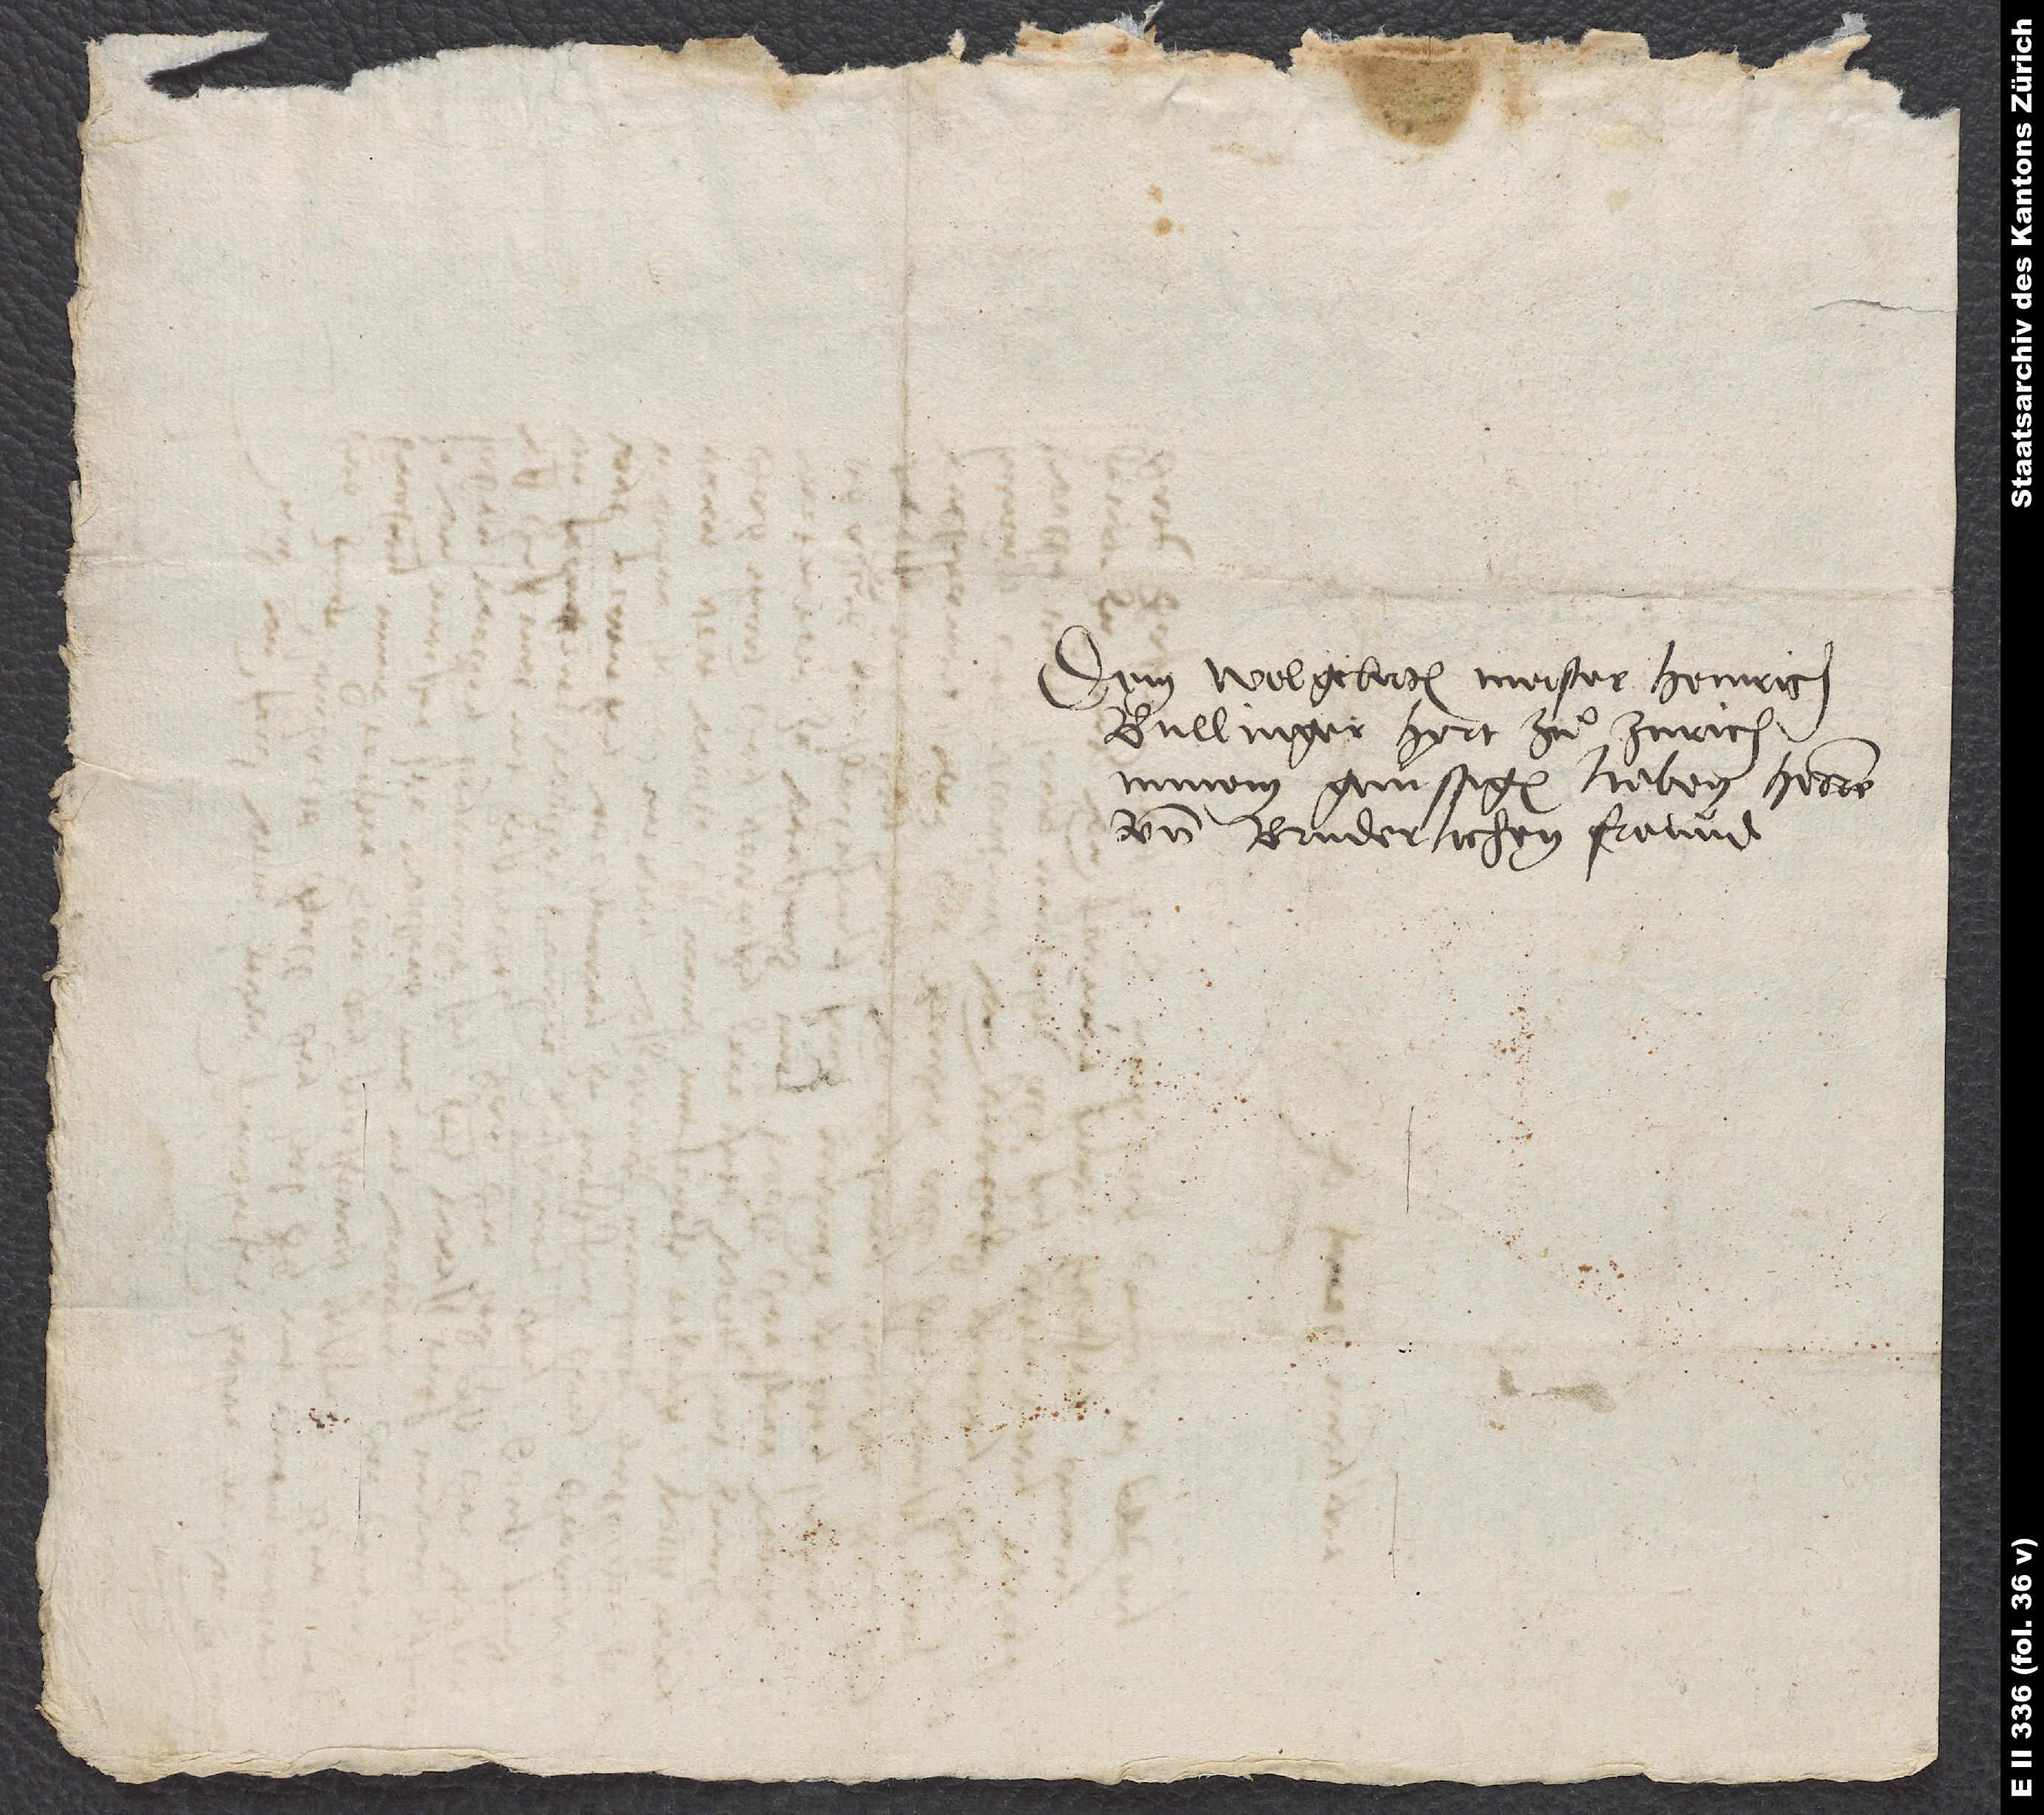
Dem wolgelerten Meister Heinrich
Bullinger, hyrt zuͦ Zurich,
minem gunstigen, lieben herren
und bruderlichen freund.